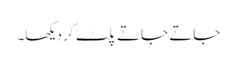
جاتے جاتے پلٹ کر دیکھا۔